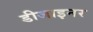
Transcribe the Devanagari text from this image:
डीजाइनर